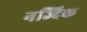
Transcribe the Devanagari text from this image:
नज्दिक